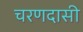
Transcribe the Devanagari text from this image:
चरणदासी